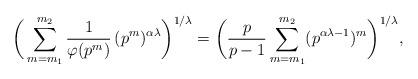
LaTeX: \begin{align*} \bigg(\sum_{m=m_1}^{m_2} \frac{1}{\varphi(p^m)} \, (p^m)^{\alpha\lambda} \bigg)^{1/\lambda}&= \bigg(\frac{p}{p-1}\sum_{m=m_1}^{m_2} (p^{\alpha\lambda-1})^m \bigg)^{1/\lambda},\end{align*}